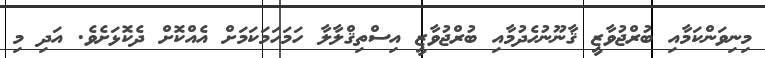
މިނިވަންކަމާއި ބުރްޖުވާޒީ ޤާނޫނުހެދުމާއި ބުރްޖުވާޒީ އިސްތިޤްލާލާ ހަމަހަމަކަމަށް އެއްކޮށް ދެކޮޅަށެވެ. އަދި މި